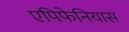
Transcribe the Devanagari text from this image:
एपिफेनियास